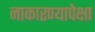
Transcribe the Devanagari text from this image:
नाकारण्यापेक्षा